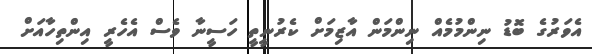
އެވަރުގެ ބޮޑު ނިންމުމެއް ނިންމަން އާޒިމަށް ކެރުނީތީ ހަސީނާ ވެސް އެހެރީ އިންތިހާއަށް